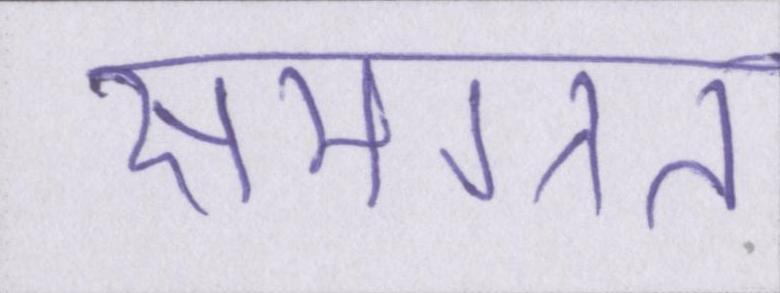
समग्रत